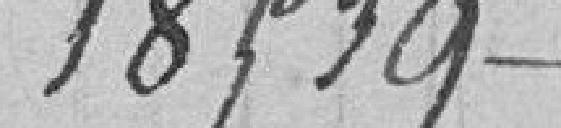
18539